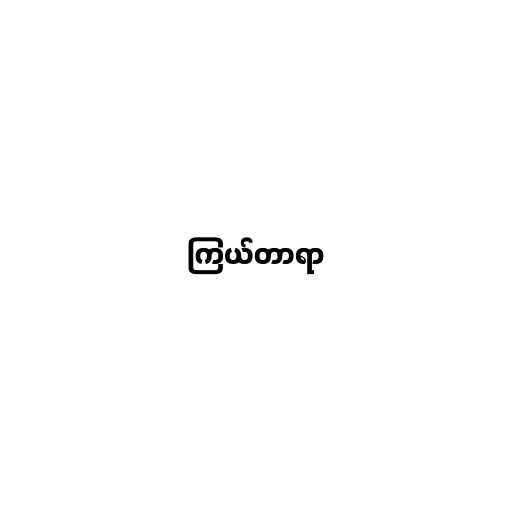
ကြယ်တာရာ